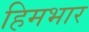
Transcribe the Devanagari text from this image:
हिमभार